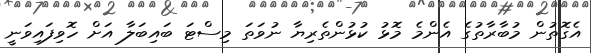
އެގޮތުން މުބާރާތުގެ އެންމެ މޮޅު ކުޅުންތެރިޔާ ނުވަތަ މިސްޓަ ބައިބަލާ އަށް ހޮވިފައިވަނީ